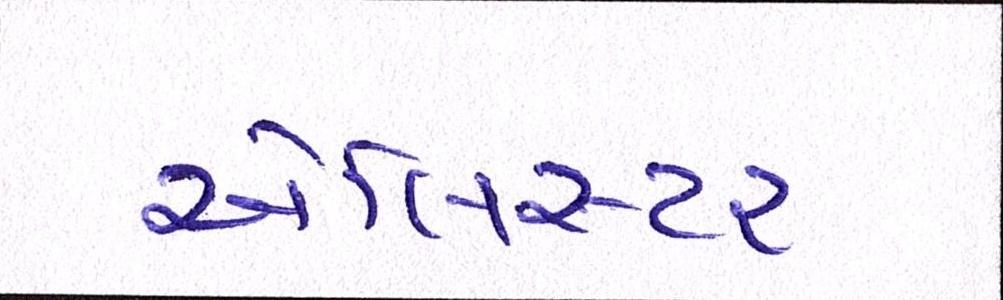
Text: એલિસ્ટર